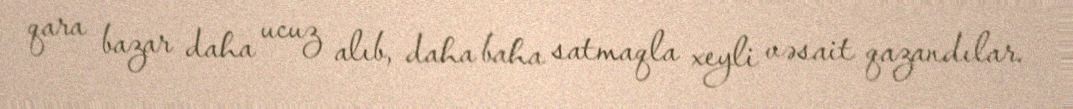
qara bazar daha ucuz alıb, daha baha satmaqla xeyli vəsait qazandılar.